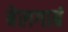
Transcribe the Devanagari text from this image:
बेलगाबं